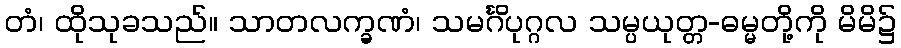
တံ၊ ထိုသုခသည်။ သာတလက္ခဏံ၊ သမင်္ဂိပုဂ္ဂလ သမ္ပယုတ္တ-ဓမ္မတို့ကို မိမိ၌